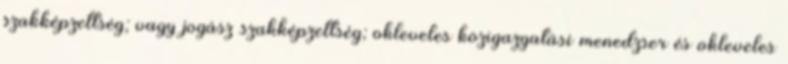
szakképzettség; vagy jogász szakképzettség; okleveles közigazgatási menedzser és okleveles